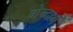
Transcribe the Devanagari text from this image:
गेन्दार्म